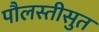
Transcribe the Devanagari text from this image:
पौलस्तीसुत